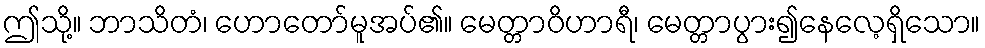
ဤသို့။ ဘာသိတံ၊ ဟောတော်မူအပ်၏။ မေတ္တာဝိဟာရီ၊ မေတ္တာပွား၍နေလေ့ရှိသော။